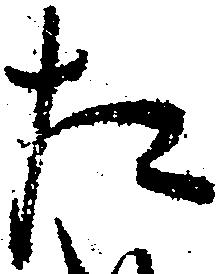
た